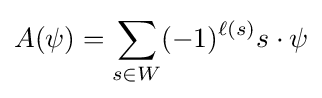
A(\psi )=\sum _{s\in W}(-1)^{\ell (s)}s\cdot \psi